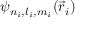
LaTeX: \psi _ { n _ { i } , l _ { i } , m _ { i } } ( { \vec { r } } _ { i } )